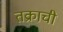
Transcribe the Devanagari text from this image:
तक्राची